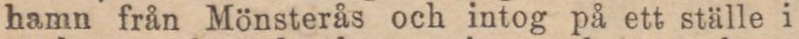
hamn från Mönsterås och intog på ett ställe i